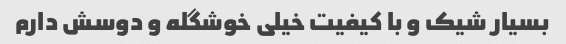
بسیار شیک و با کیفیت خیلی خوشگله و دوسش دارم